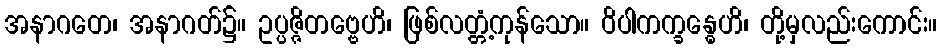
အနာဂတေ၊ အနာဂတ်၌။ ဥပ္ပဇ္ဇိတဗ္ဗေဟိ၊ ဖြစ်လတ္တံ့ကုန်သော။ ဝိပါကက္ခန္ဓေဟိ၊ တို့မှလည်းကောင်း။